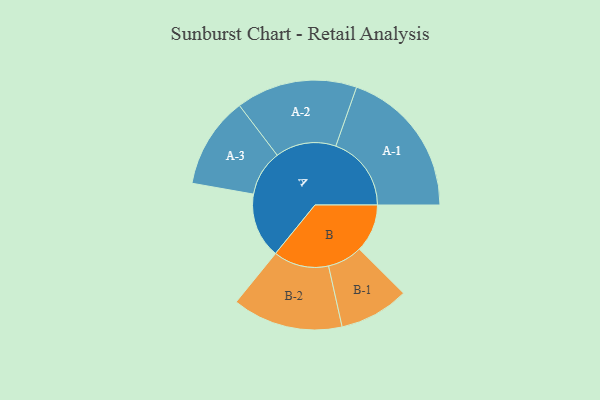
{"axis": {"x": "Segment", "y": "Value"}, "legend": ["", "A", "B"], "data": [{"x": "A", "y": 258, "type": ""}, {"x": "B", "y": 190, "type": ""}, {"x": "A-1", "y": 299, "type": "A"}, {"x": "A-2", "y": 240, "type": "A"}, {"x": "A-3", "y": 181, "type": "A"}, {"x": "B-1", "y": 138, "type": "B"}, {"x": "B-2", "y": 219, "type": "B"}]}